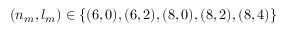
( n _ { m } , l _ { m } ) \in \{ ( 6 , 0 ) , ( 6 , 2 ) , ( 8 , 0 ) , ( 8 , 2 ) , ( 8 , 4 ) \}